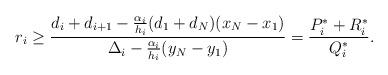
LaTeX: \begin{align*}r_i \ge \frac{d_i + d_{i+1} - \frac{\alpha_i}{h_i}(d_1+d_N)(x_N -x_1)}{\Delta_i - \frac{\alpha_i}{h_i} (y_N - y_1)} = \frac{P_i^* +R_i^*}{Q_i^*}.\end{align*}